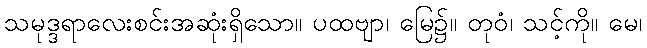
သမုဒ္ဒရာလေးစင်းအဆုံးရှိသော။ ပထဗျာ၊ မြေ၌။ တုဝံ၊ သင့်ကို။ မေ၊